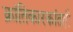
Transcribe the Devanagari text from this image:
क्रांतिकारकांतही